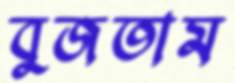
বুজতাম